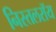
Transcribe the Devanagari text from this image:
निस्तलरॉय